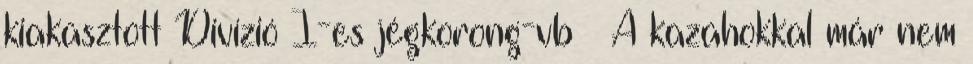
kiakasztott Divízió I-es jégkorong-vb – A kazahokkal már nem